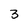
Character: 3